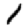
Digit: 1